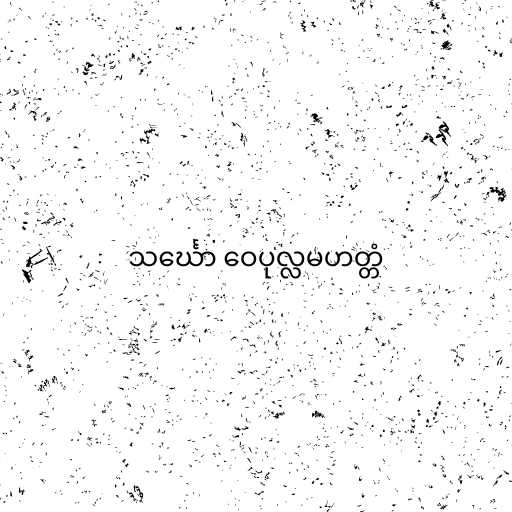
သင်္ဃော ဝေပုလ္လမဟတ္တံ